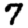
Digit: 7